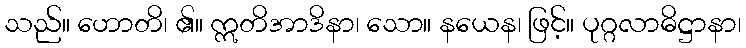
သည်။ ဟောတိ၊ ၏။ ဣတိအာဒိနာ၊ သော။ နယေန၊ ဖြင့်။ ပုဂ္ဂလာဓိဋ္ဌာနာ၊